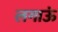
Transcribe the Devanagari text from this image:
लगाऊं